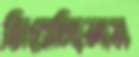
জিরোচ্ছিলাম